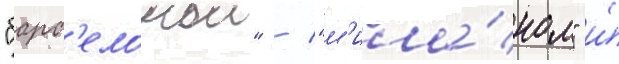
"барс'елонои" / "м'ила́ном" и́